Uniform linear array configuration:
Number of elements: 8
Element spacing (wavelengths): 1
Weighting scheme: uniform
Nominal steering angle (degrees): -60
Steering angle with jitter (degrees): -58.795
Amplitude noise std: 0.05
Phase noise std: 0.05

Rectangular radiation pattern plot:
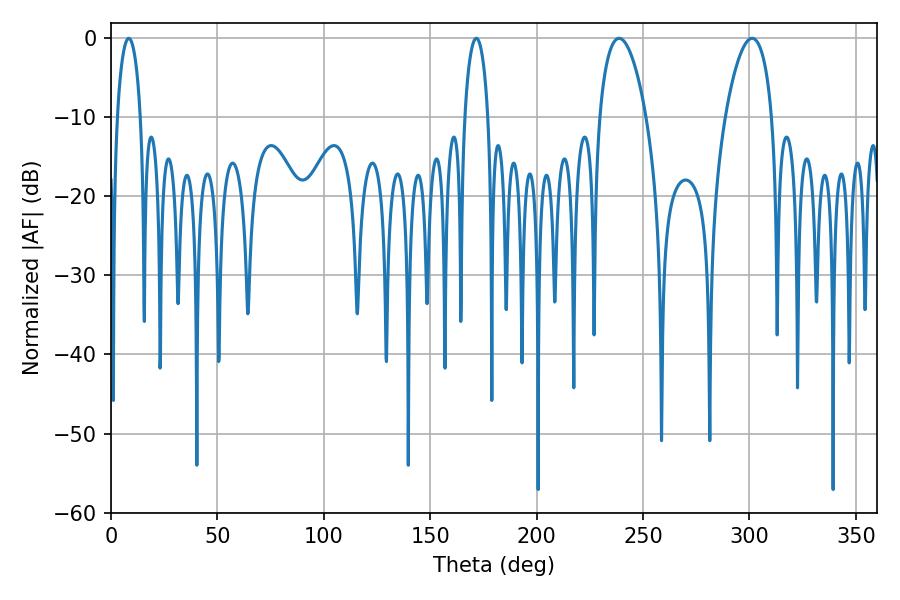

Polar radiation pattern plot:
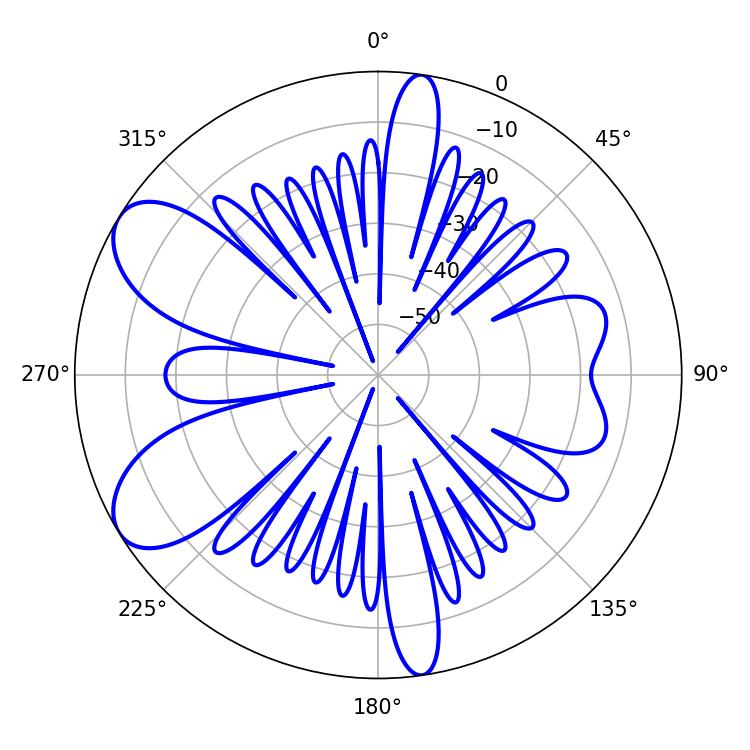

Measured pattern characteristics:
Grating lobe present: TRUE
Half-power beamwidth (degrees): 12.42
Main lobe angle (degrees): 238.68